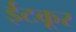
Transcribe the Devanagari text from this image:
ईटकूर